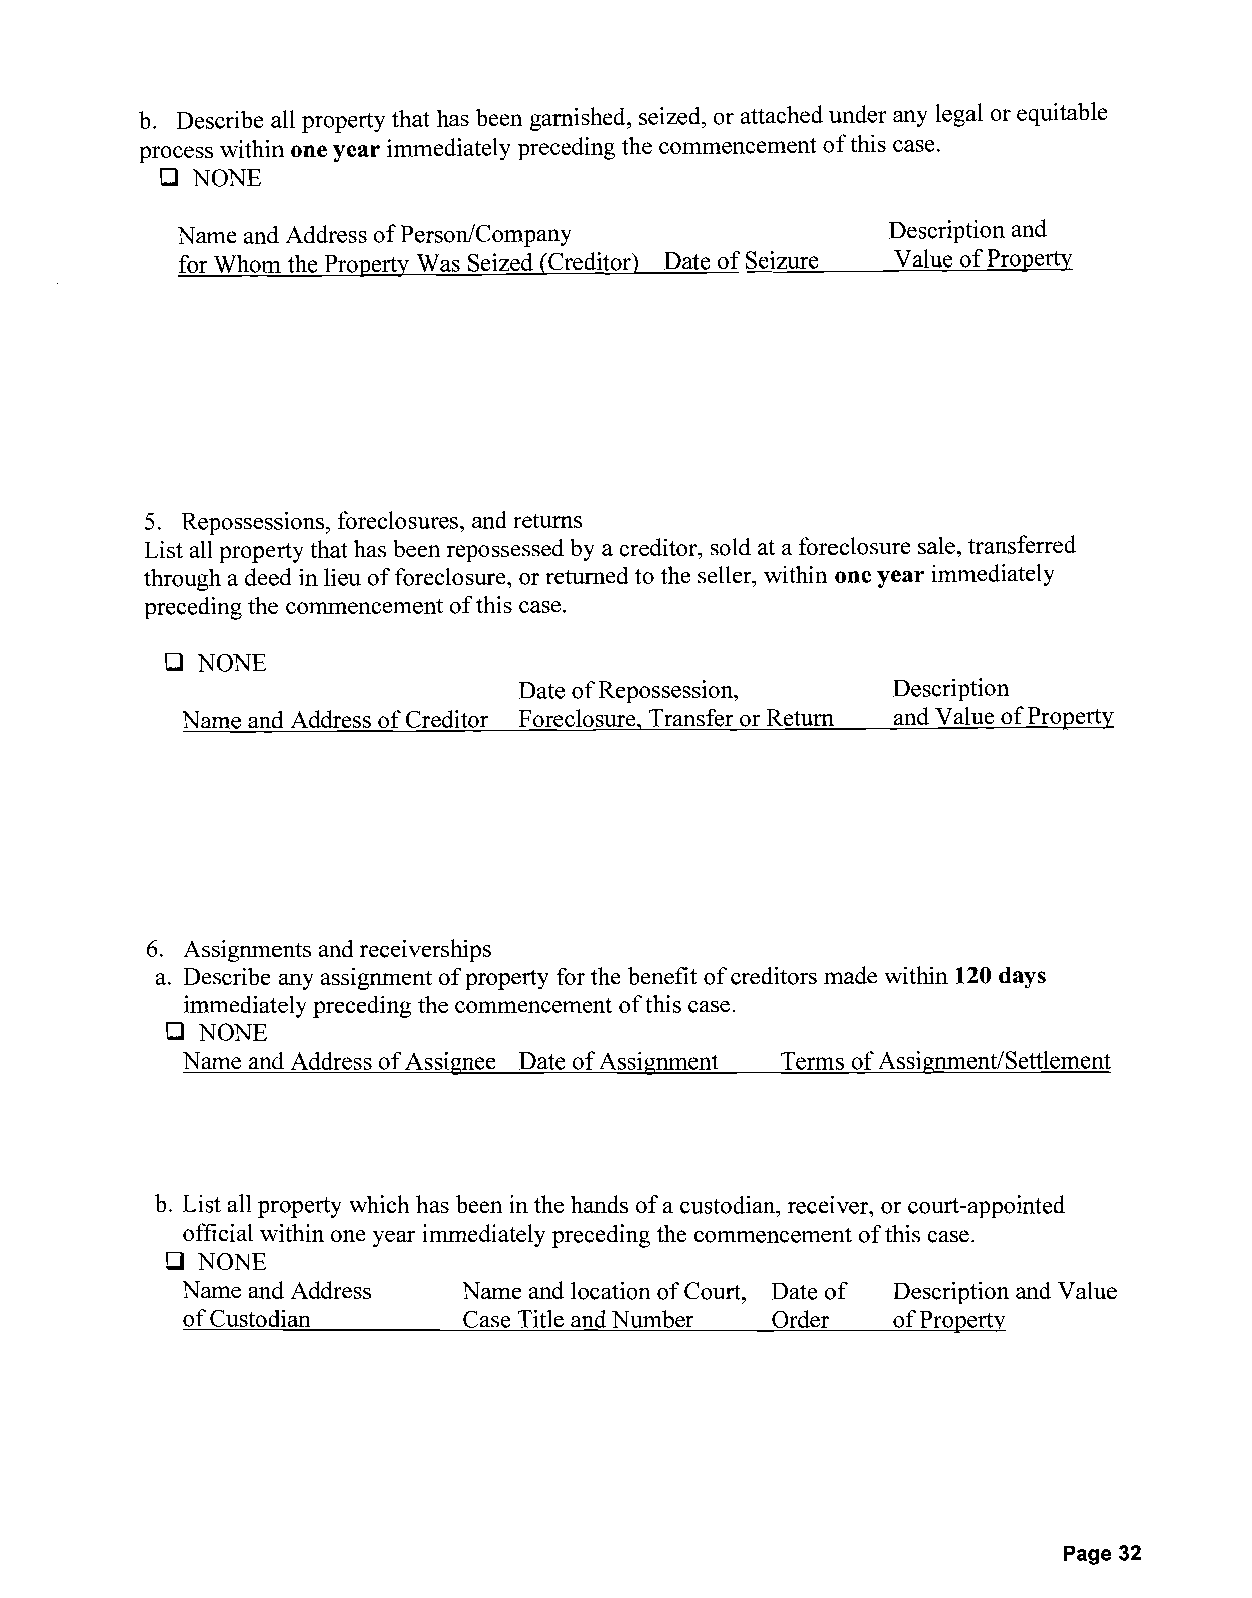
b. Describe all property that has been garnished, seized, or attached under any legal or equitable
 process within one year immediately preceding the commencement of this case.
 D NONE
 Name and Address of Person/Company             Description and
 for Whom the Property Was Seized (Creditor) Date of Seizure Value of Property
 5. Repossessions, foreclosures, and returns
 List all property that has been repossessed by a creditor, sold at a foreclosure sale, transferred
 through a deed in lieu of foreclosure, or returned to the seller, within one year immediately
 preceding the commencement of this case.
 D NONE
 Date of Repossession,    Description
 Name and Address of Creditor Foreclosure, Transfer or Return and Value of Property
 6. Assignments and receiverships
 a. Describe any assignment of property for the benefit of creditors made within 120 days
 immediately preceding the commencement ofthis case.
 D NONE
 Name and Address of Assignee Date of Assignment Terms of Assignment/Settlement
 b. List all property which has been in the hands of a custodian, receiver, or court-appointed
 official within one year immediately preceding the commencement of this case.
 D NONE
 Name and Address   Name and location of Court, Date of Description and Value
 of Custodian       Case Title and Number Order of Property
 Page 32